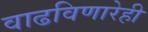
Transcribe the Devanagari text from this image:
वाढविणारेही